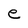
Character: e